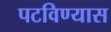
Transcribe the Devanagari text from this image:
पटविण्यास